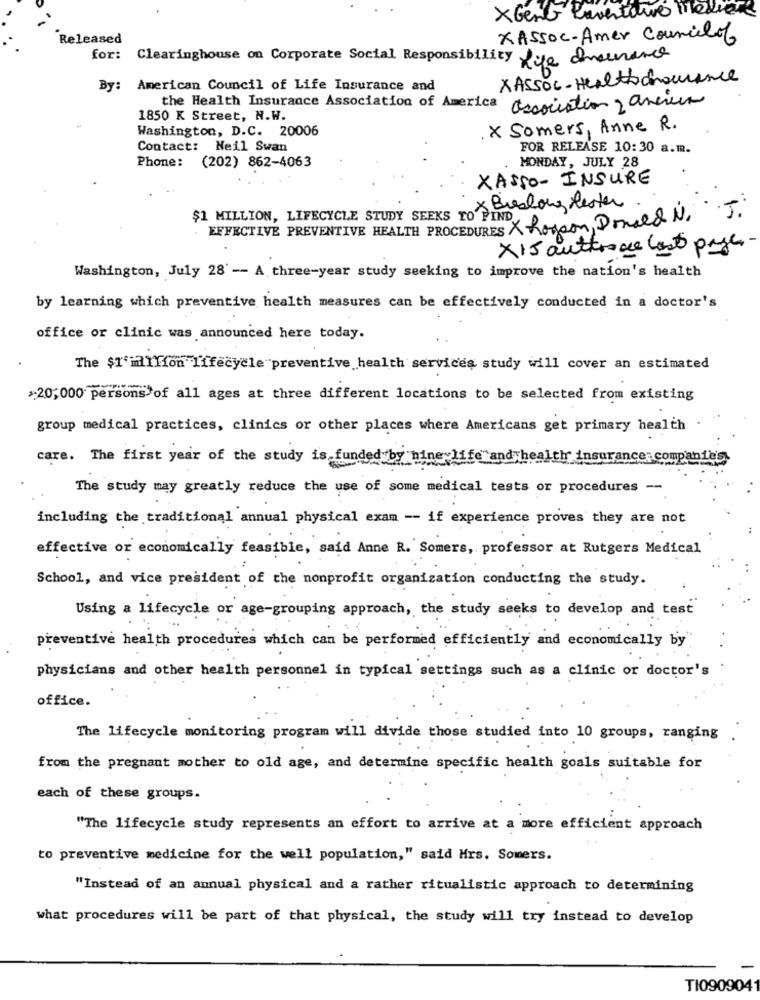
XGente Laventure Media
Released
XASSOC- Amer Councilof
for: Clearinghouse on Corporate Social Responsibility Sie Insurance
XASSOC-Health chouance
By: American Council of Life Insurance and
the Health Insurance Association of America association 2 ancien
1850 K Street, N.W.
Washington, D.C. 20006
. X Somers, Anne R.
Contact: Neil Swan
FOR RELEASE 10:30 a.m.
MONDAY, JULY 28
Phone: (202) 862-4063
XASSO- INSURE
× Breslong Rester
a
$1 MILLION, LIFECYCLE STUDY SEEKS TO FIND
EFFECTIVE PREVENTIVE HEALTH PROCEDURES X hogeon, Done& N. J.
X15 auttoonce last page-
Washington, July 28' -- A three-year study seeking to improve the nation's health
by learning which preventive health measures can be effectively conducted in a doctor's
office or clinic was announced here today.
The $1' million lifecycle preventive health services study will cover an estimated
>20,000 persons of all ages at three different locations to be selected from existing
group medical practices, clinics or other places where Americans get primary health
care. The first year of the study is funded by nine life and health insura
companies
The study may greatly reduce the use of some medical tests or procedures --
including the traditional annual physical exam -- if experience proves they are not
effective or economically feasible, said Anne R. Somers, professor at Rutgers Medical
School, and vice president of the nonprofit organization conducting the study.
Using a lifecycle or age-grouping approach, the study seeks to develop and test
preventive health procedures which can be performed efficiently and economically by
physicians and other health personnel in typical settings such as a clinic or doctor's
office.
The lifecycle monitoring program will divide those studied into 10 groups, ranging .
from the pregnant mother to old age, and determine specific health goals suitable for
each of these groups.
"The lifecycle study represents an effort to arrive at a more efficient approach
to preventive medicine for the well population," said Hrs. Somers.
"Instead of an annual physical and a rather ritualistic approach to determining
what procedures will be part of that physical, the study will try instead to develop
TI0909041